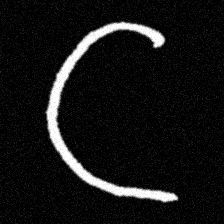
Pyu character \u2014 Myanmar letter: ဋ (romanized: tta)